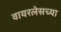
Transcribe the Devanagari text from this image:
वायरलेसच्या